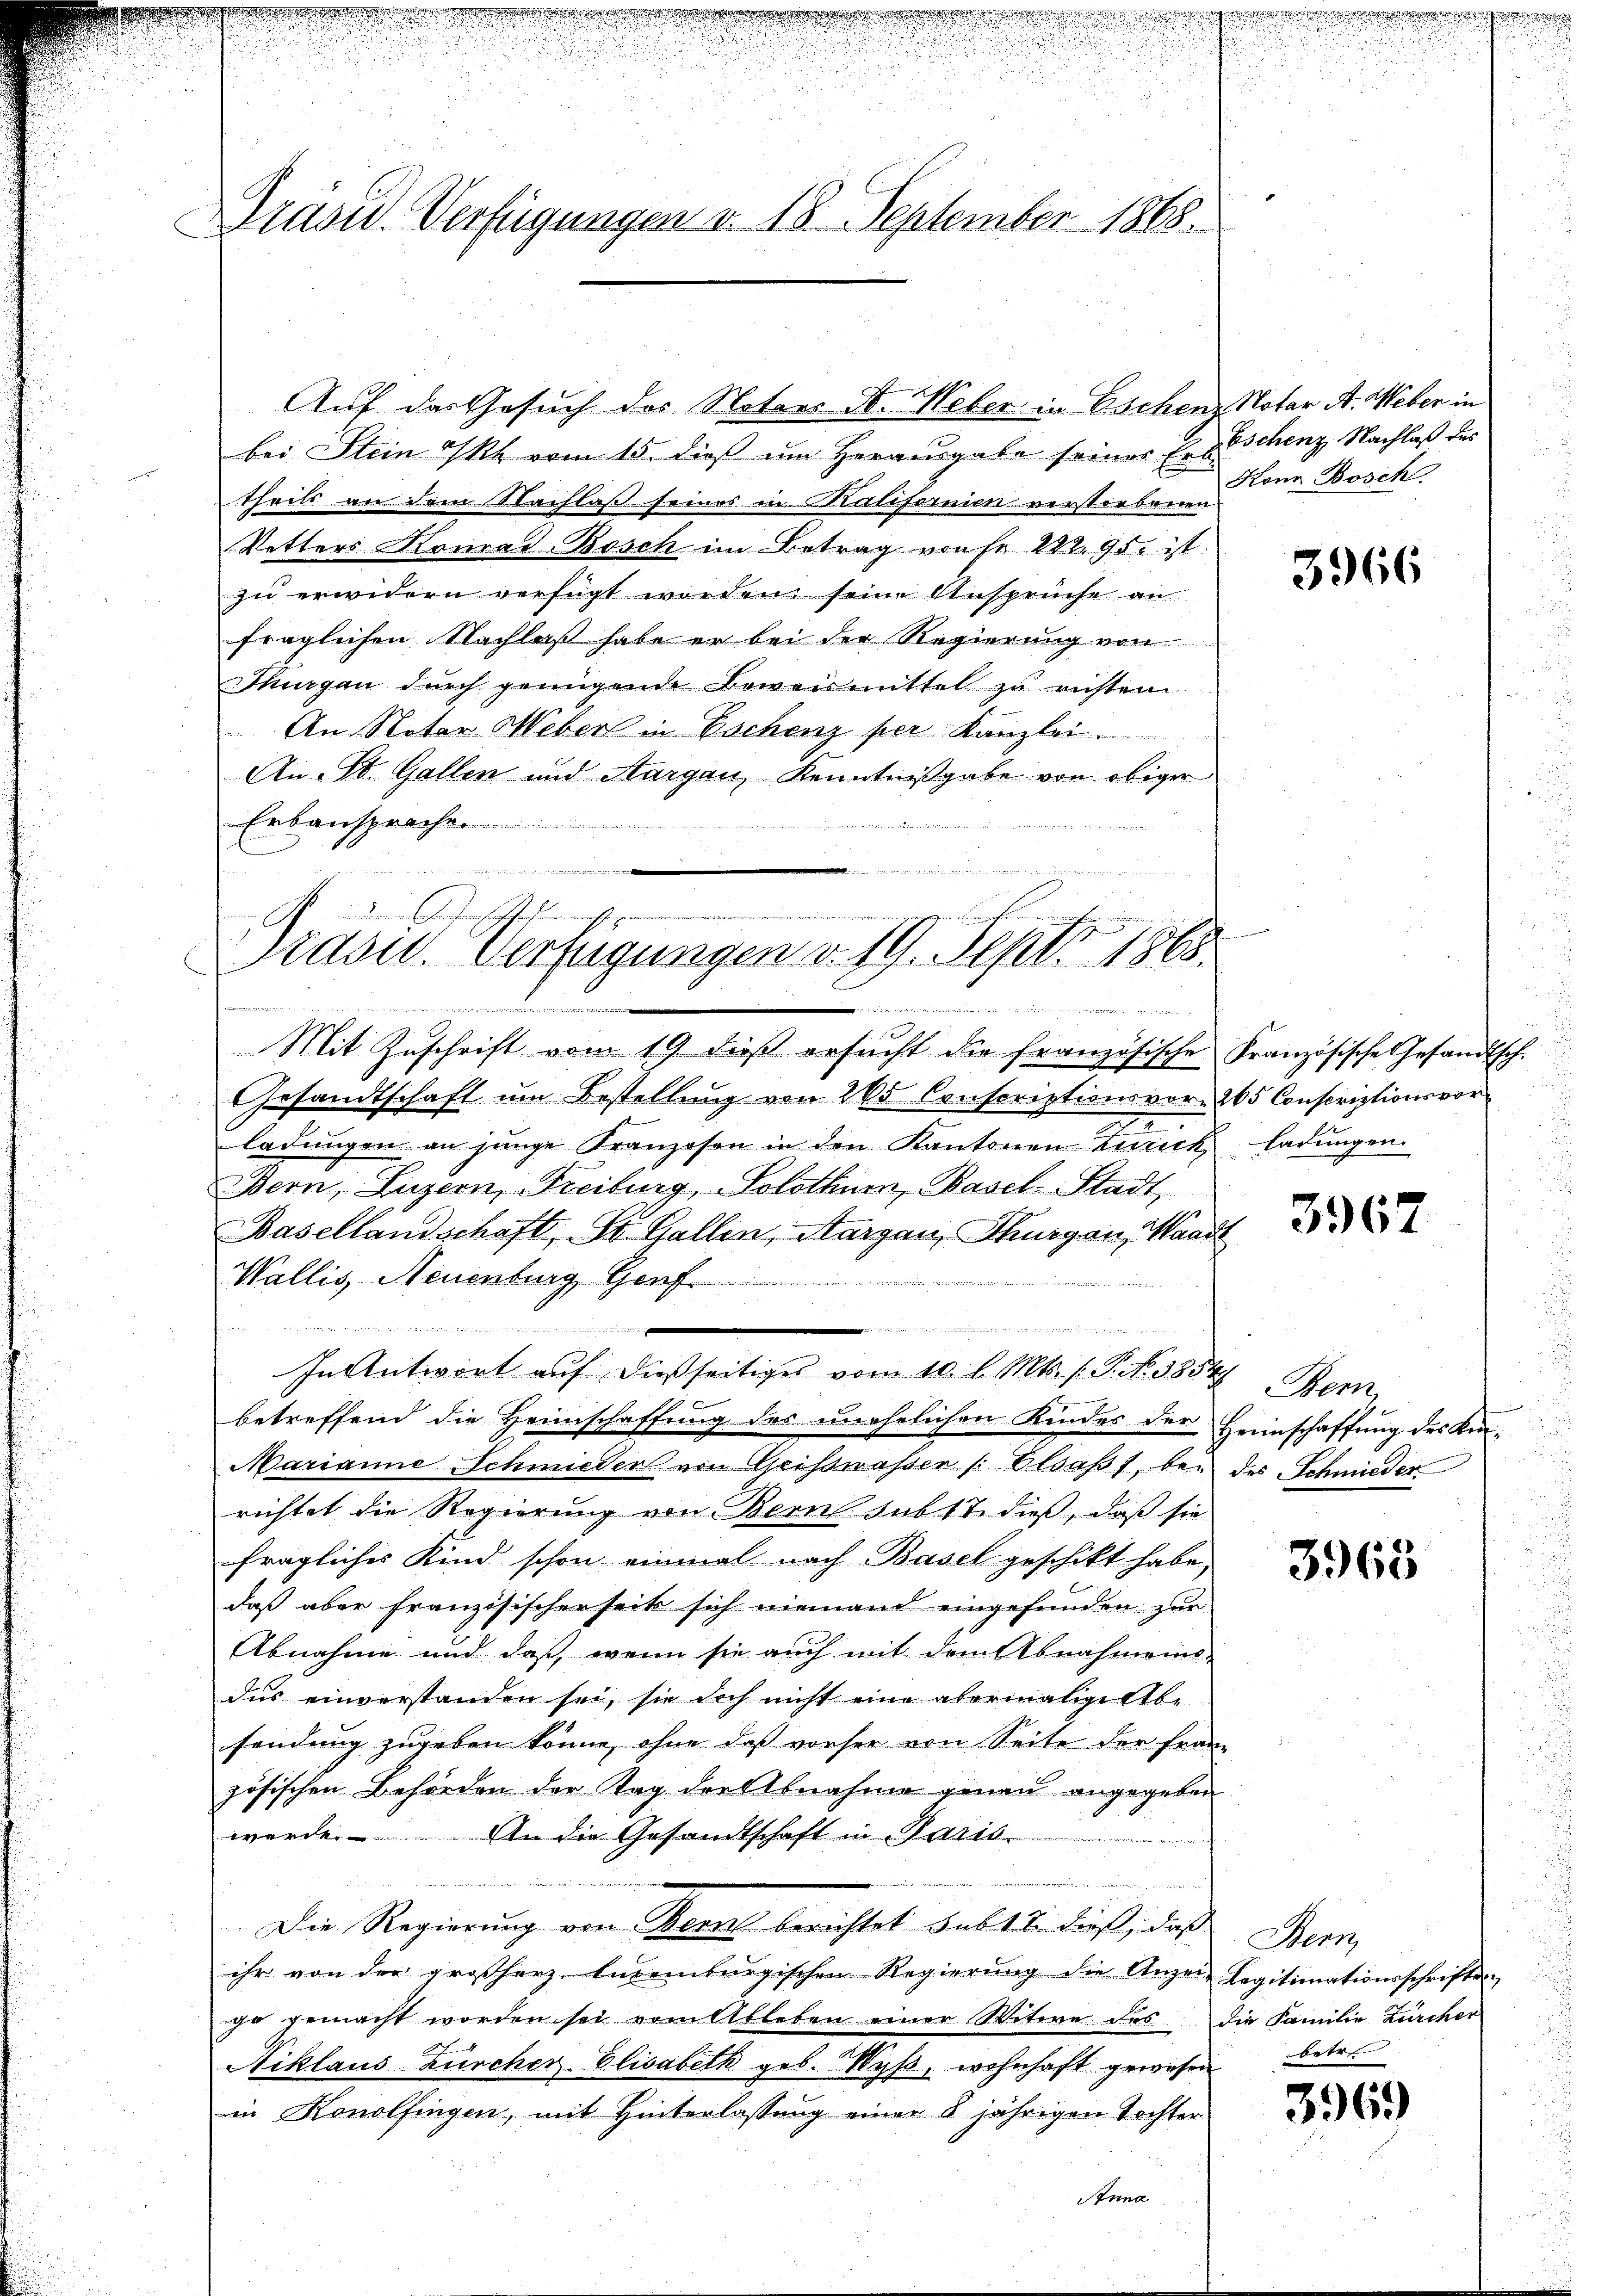
rasid. Verfügungen v. 18. September 1868.

bei Stein PR. vom 15. dieß um Herausgabe seines Erb-
theils an dem Nachlaß seines in Ratifereien verstorbenen
Vetters Komad-Bosch im Betrag von Fr. 122. 95. ist.
zu erwidern verfügt worden seine Ansprüche an
fraglichen Nachlaß habe er bei der Regierung von
Thurgau dŭrch genügende Beweismittel zu richten.
An Notar Weber in Eschenz per Kanzlei.
An St. Gallen und Aargau, Kenntnißgabe von obiger
Erbansprache
, mit einzutrage innen man der

Auf das Gesuch des Notars N. Weber in Eschenz Notar A. Weber in

n der Gegenschaft
nedigten
Prasid. Verfügungen v. 19. Sept. 1868
norieren
eude, so ein gerinne nebenen an mit
Mit Zŭschrift vom 19. dieβ ersŭcht die französische Französische Gesandtsch

Gesandtschaft um Bestellung von 285 Conscriptionsvor- 265 Conscriptionsvorladŭngen an junge Kranzosen in den Kantonen Zurick ladŭngen
Bern, Luzern, Freiburg, Solothur, Basel-Stadt
Basellandschaft, St. Gallen, Aargau, Thurgau, Waadt
Wallis, Neuenburg, Genf
                          in ein
n
betreffend die Heimschaffung des unehelichen Kindes der Heimschaffung des Kin-
Marianne Schmieder von Geisswassen /: Elsaß, bei des Schmieder
richtet die Regierung von Bern sub 17. dieß, daß sie
fragliches Kind schon einmal nach Basel geschikt habe,
daß aber französischerseit sich niemand eingefunden zur
Abnahme und daß wenn sie auch mit dem Abnahmens-
das einverstanden sei, sie doch nicht eine abermalige be
sendung zugeben könne, ohne daß vorher von Seite der Franz
zösischen Behörden der Tag der Abnahme genau angegeben
werde. An die Gesandtschaft in Paris.
i
Die Regierung von Bern berichtet habt u. dieß, das Bern
ihr von der großherz. Auseinburgischen Regierŭng die Anzei- Legitimationsschriften
go gemacht worden sei vom Ableben einer Witwe des die Familie Zürcher
Niklaus Zürcher Elisabeth geb. Wyβ, wohnhaft gewesen
in Konolfingen, mit Hinterlassung einer 5 jährigen Tochter
2
Anna

.
In Antwort aŭf dießseitiges vom 10. l. Mts. f. P. Nr. 3854 Bern,

d

Eschenz, Nachlaß des
Konn Bosch.

3966

3967

3965

betr

3969